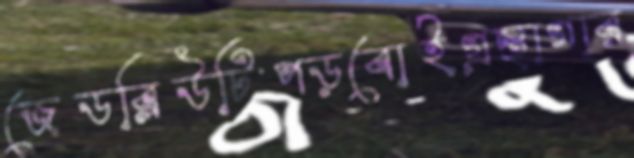
জেডব্লিউটিপড়বোইগ্রন্থাগার